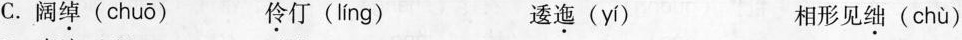
C.阔\underset{·}{绰} ( chuō ) \underset{·}{伶} 仃( Ilíng ) 逶\underset{·}{迤} ( yí ) 相形见\underset{·}{绌}( chù )